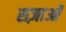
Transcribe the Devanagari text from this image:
सज़ाओं